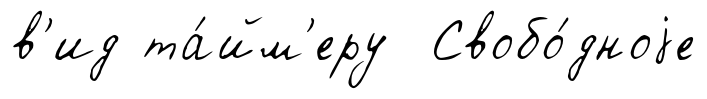
в'ид та́йм'еру Свобо́дноjе